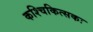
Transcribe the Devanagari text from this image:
कश्चिकित्सकः